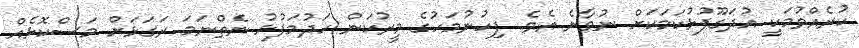
ކުރެއްވުމަކީ އުދަގޫފުޅުކަމަކަށް ނުވާނެ އެވެ. ފިހުނުމަހުގެ މީރުކަން ހަދުމަފުޅު ނެތްނަމަ ރަގަޅަށް މަސްކޮޅެއް